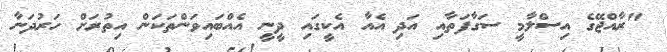
"ރާއްޖޭގެ އިސްލާމީ ސަގާފަތާއި އަދި އެއާ އެކީގައި ދީނީ އެއްބައިވަންތަކަން އިތުރަށް ހަރުދަނާ